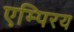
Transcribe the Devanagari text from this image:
एम्पिरय